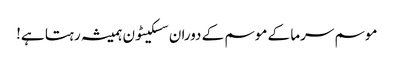
موسم سرما کے موسم کے دوران سسکیٹون ہمیشہ رہتا ہے!